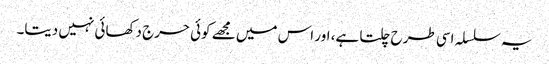
یہ سلسلہ اسی طرح چلتا ہے، اور اس میں مجھے کوئی حرج دکھائی نہیں دیتا۔